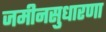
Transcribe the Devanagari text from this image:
जमीनसुधारणा